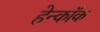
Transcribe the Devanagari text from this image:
हेन्कॉक